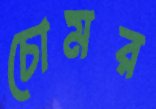
চোমর